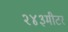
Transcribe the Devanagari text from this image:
२४३मीटर